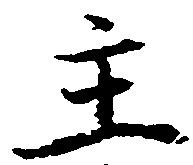
主